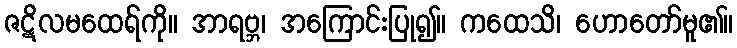
ဇဋိလမထေရ်ကို။ အာရဗ္ဘ၊ အကြောင်းပြု၍။ ကထေသိ၊ ဟောတော်မူ၏။